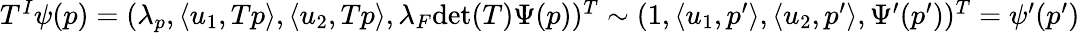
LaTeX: \begin{array}{r}{T^{I}\psi(p)=(\lambda_{p},\langle u_{1},Tp\rangle,\langle u_{2},Tp\rangle,\lambda_{F}\mathrm{det}(T)\Psi(p))^{T}\sim(1,\langle u_{1},p^{\prime}\rangle,\langle u_{2},p^{\prime}\rangle,\Psi^{\prime}(p^{\prime}))^{T}=\psi^{\prime}(p^{\prime})}\end{array}